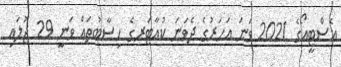
އެސްޓީއޯގެ 2021 ވަނަ އަހަރުގެ ދެވަނަ ކުއާޓަރގެ ހިސާބުތައް ވަނީ 29 ޖުލައި